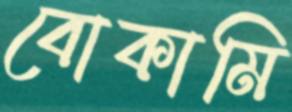
বোকামি